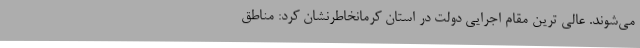
می‌شوند. عالی ترین مقام اجرایی دولت در استان کرمانخاطرنشان کرد: مناطق